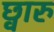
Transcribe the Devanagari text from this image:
छ्वारु